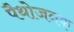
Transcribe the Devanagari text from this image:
पैथोजनक